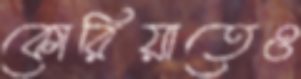
কোরিয়াতেও